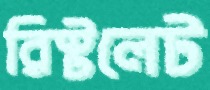
রিস্টলেট